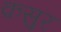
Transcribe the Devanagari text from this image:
क़सुर